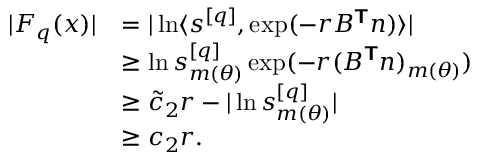
\begin{array} { r l } { | F _ { q } ( \boldsymbol { x } ) | } & { = | \ln \langle \boldsymbol { s } ^ { [ q ] } , \exp ( - r B ^ { \boldsymbol { \mathsf { T } } } \boldsymbol { n } ) \rangle | } \\ & { \ge \ln s _ { m ( { \theta } ) } ^ { [ q ] } \exp ( - r ( B ^ { \boldsymbol { \mathsf { T } } } \boldsymbol { n } ) _ { m ( { \theta } ) } ) } \\ & { \ge \tilde { c } _ { 2 } r - | \ln s _ { m ( { \theta } ) } ^ { [ q ] } | } \\ & { \ge c _ { 2 } r . } \end{array}